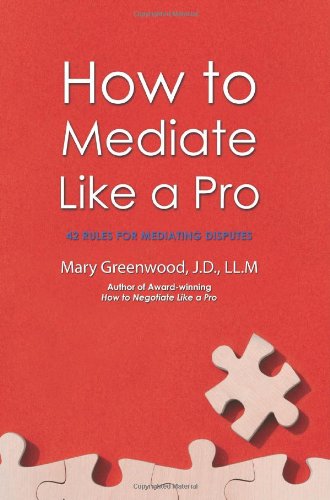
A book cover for How to Mediate Like a Pro: 42 Rules for Mediating Disputes; Mary Greenwood; Law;